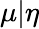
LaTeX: \mu|\eta